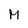
Character: M